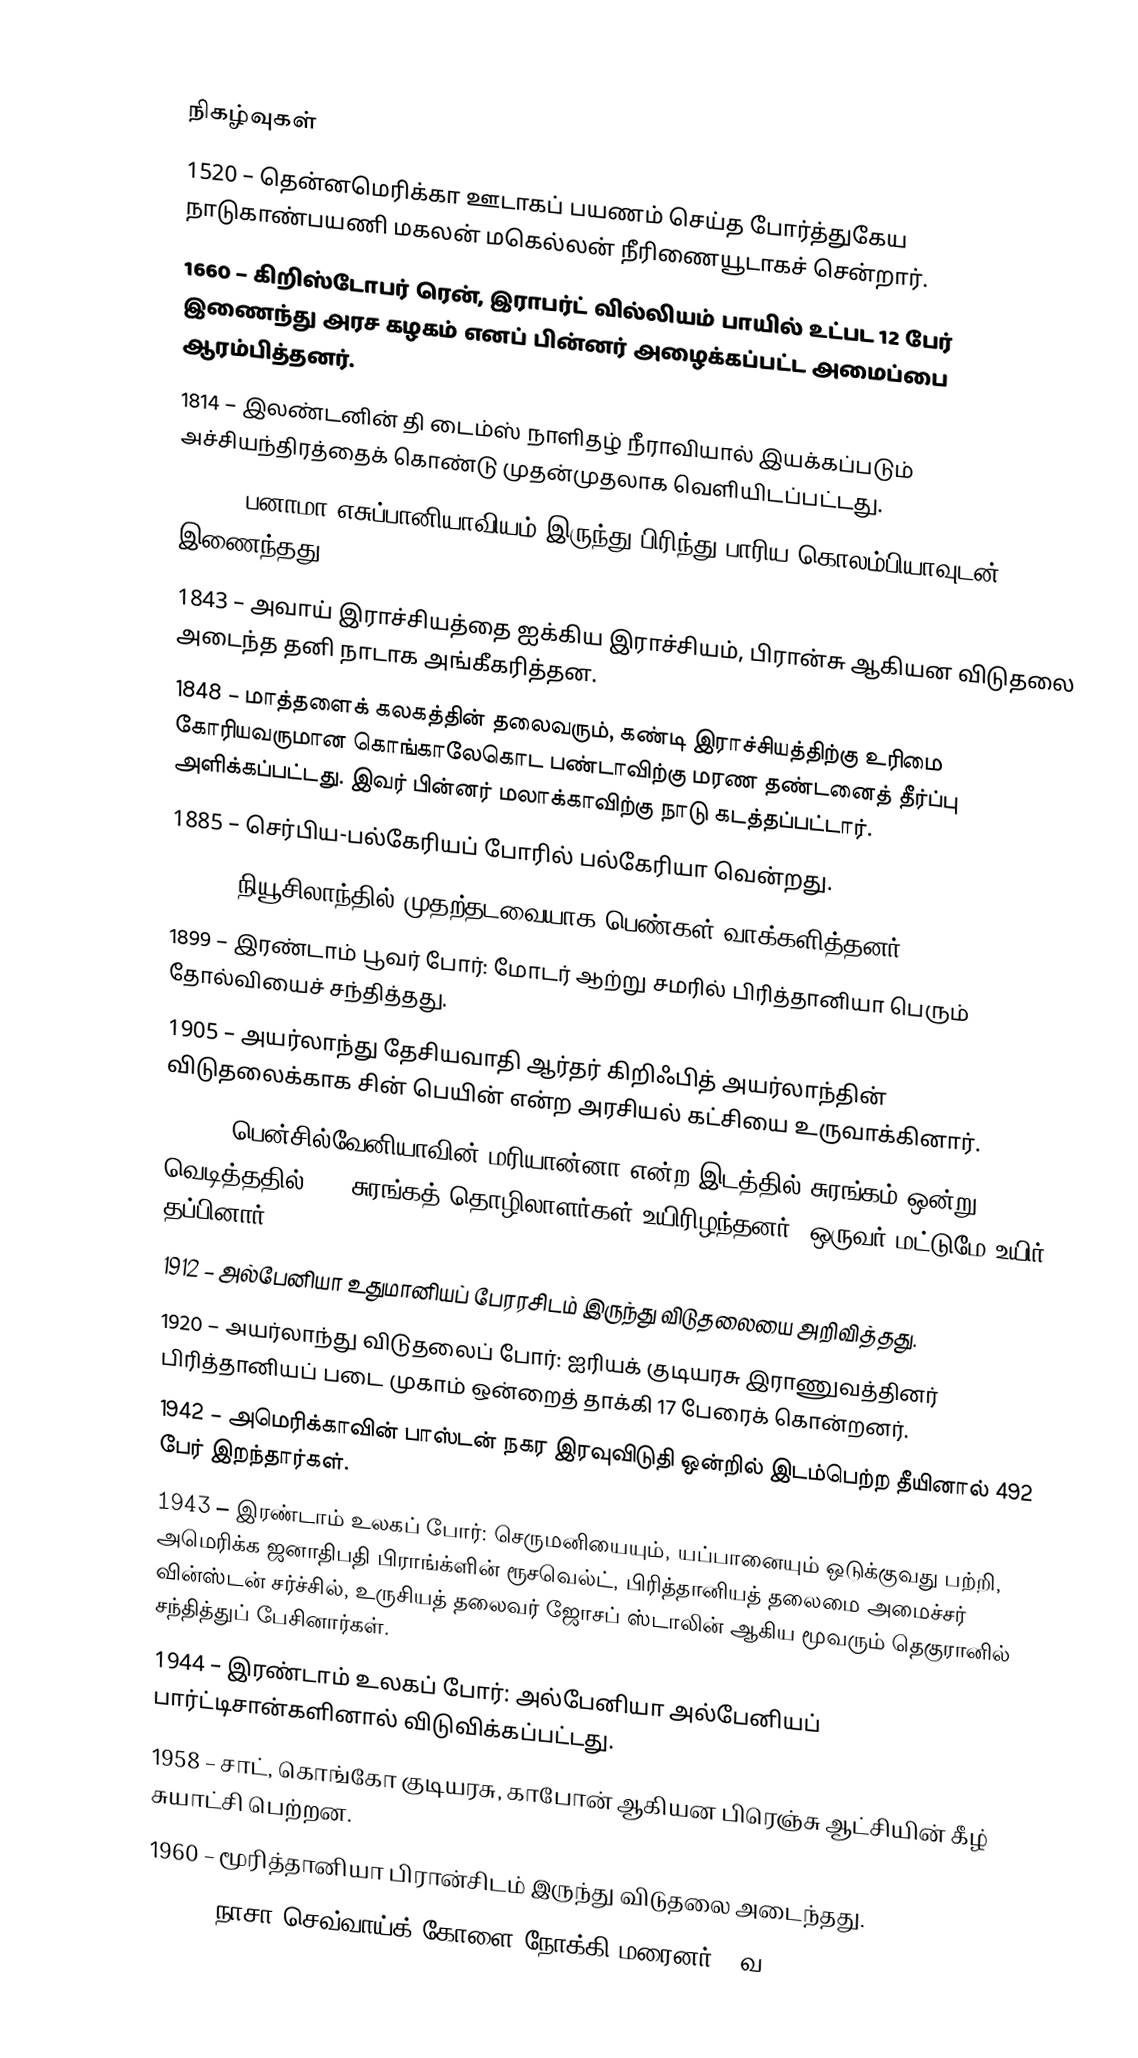

நிகழ்வுகள்
1520 – தென்னமெரிக்கா ஊடாகப் பயணம் செய்த போர்த்துகேய நாடுகாண்பயணி மகலன் மகெல்லன் நீரிணையூடாகச் சென்றார்.
1660 – கிறிஸ்டோபர் ரென், இராபர்ட் வில்லியம் பாயில் உட்பட 12 பேர் இணைந்து அரச கழகம் எனப் பின்னர் அழைக்கப்பட்ட அமைப்பை ஆரம்பித்தனர்.
1814 – இலண்டனின் தி டைம்ஸ் நாளிதழ் நீராவியால் இயக்கப்படும் அச்சியந்திரத்தைக் கொண்டு முதன்முதலாக வெளியிடப்பட்டது.
1821 – பனாமா எசுப்பானியாவியம் இருந்து பிரிந்து பாரிய கொலம்பியாவுடன் இணைந்தது.
1843 – அவாய் இராச்சியத்தை ஐக்கிய இராச்சியம், பிரான்சு ஆகியன விடுதலை அடைந்த தனி நாடாக அங்கீகரித்தன.
1848 – மாத்தளைக் கலகத்தின் தலைவரும், கண்டி இராச்சியத்திற்கு உரிமை கோரியவருமான கொங்காலேகொட பண்டாவிற்கு மரண தண்டனைத் தீர்ப்பு அளிக்கப்பட்டது. இவர் பின்னர் மலாக்காவிற்கு நாடு கடத்தப்பட்டார்.
1885 – செர்பிய-பல்கேரியப் போரில் பல்கேரியா வென்றது.
1893 – நியூசிலாந்தில் முதற்தடவையாக பெண்கள் வாக்களித்தனர்.
1899 – இரண்டாம் பூவர் போர்: மோடர் ஆற்று சமரில் பிரித்தானியா பெரும் தோல்வியைச் சந்தித்தது.
1905 – அயர்லாந்து தேசியவாதி ஆர்தர் கிறிஃபித் அயர்லாந்தின் விடுதலைக்காக சின் பெயின் என்ற அரசியல் கட்சியை உருவாக்கினார்.
1908 – பென்சில்வேனியாவின் மரியான்னா என்ற இடத்தில் சுரங்கம் ஒன்று வெடித்ததில் 154 சுரங்கத் தொழிலாளர்கள் உயிரிழந்தனர். ஒருவர் மட்டுமே உயிர் தப்பினார்.
1912 – அல்பேனியா உதுமானியப் பேரரசிடம் இருந்து விடுதலையை அறிவித்தது.
1920 – அயர்லாந்து விடுதலைப் போர்: ஐரியக் குடியரசு இராணுவத்தினர் பிரித்தானியப் படை முகாம் ஒன்றைத் தாக்கி 17 பேரைக் கொன்றனர்.
1942 – அமெரிக்காவின் பாஸ்டன் நகர இரவுவிடுதி ஒன்றில் இடம்பெற்ற தீயினால் 492 பேர் இறந்தார்கள்.
1943 – இரண்டாம் உலகப் போர்: செருமனியையும், யப்பானையும் ஒடுக்குவது பற்றி, அமெரிக்க ஜனாதிபதி பிராங்க்ளின் ரூசவெல்ட், பிரித்தானியத் தலைமை அமைச்சர் வின்ஸ்டன் சர்ச்சில், உருசியத் தலைவர் ஜோசப் ஸ்டாலின் ஆகிய மூவரும் தெகுரானில் சந்தித்துப் பேசினார்கள்.
1944 – இரண்டாம் உலகப் போர்: அல்பேனியா அல்பேனியப் பார்ட்டிசான்களினால் விடுவிக்கப்பட்டது.
1958 – சாட், கொங்கோ குடியரசு, காபோன் ஆகியன பிரெஞ்சு ஆட்சியின் கீழ் சுயாட்சி பெற்றன.
1960 – மூரித்தானியா பிரான்சிடம் இருந்து விடுதலை அடைந்தது.
1964 – நாசா செவ்வாய்க் கோளை நோக்கி மரைனர் 4 வ